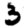
Digit: 3